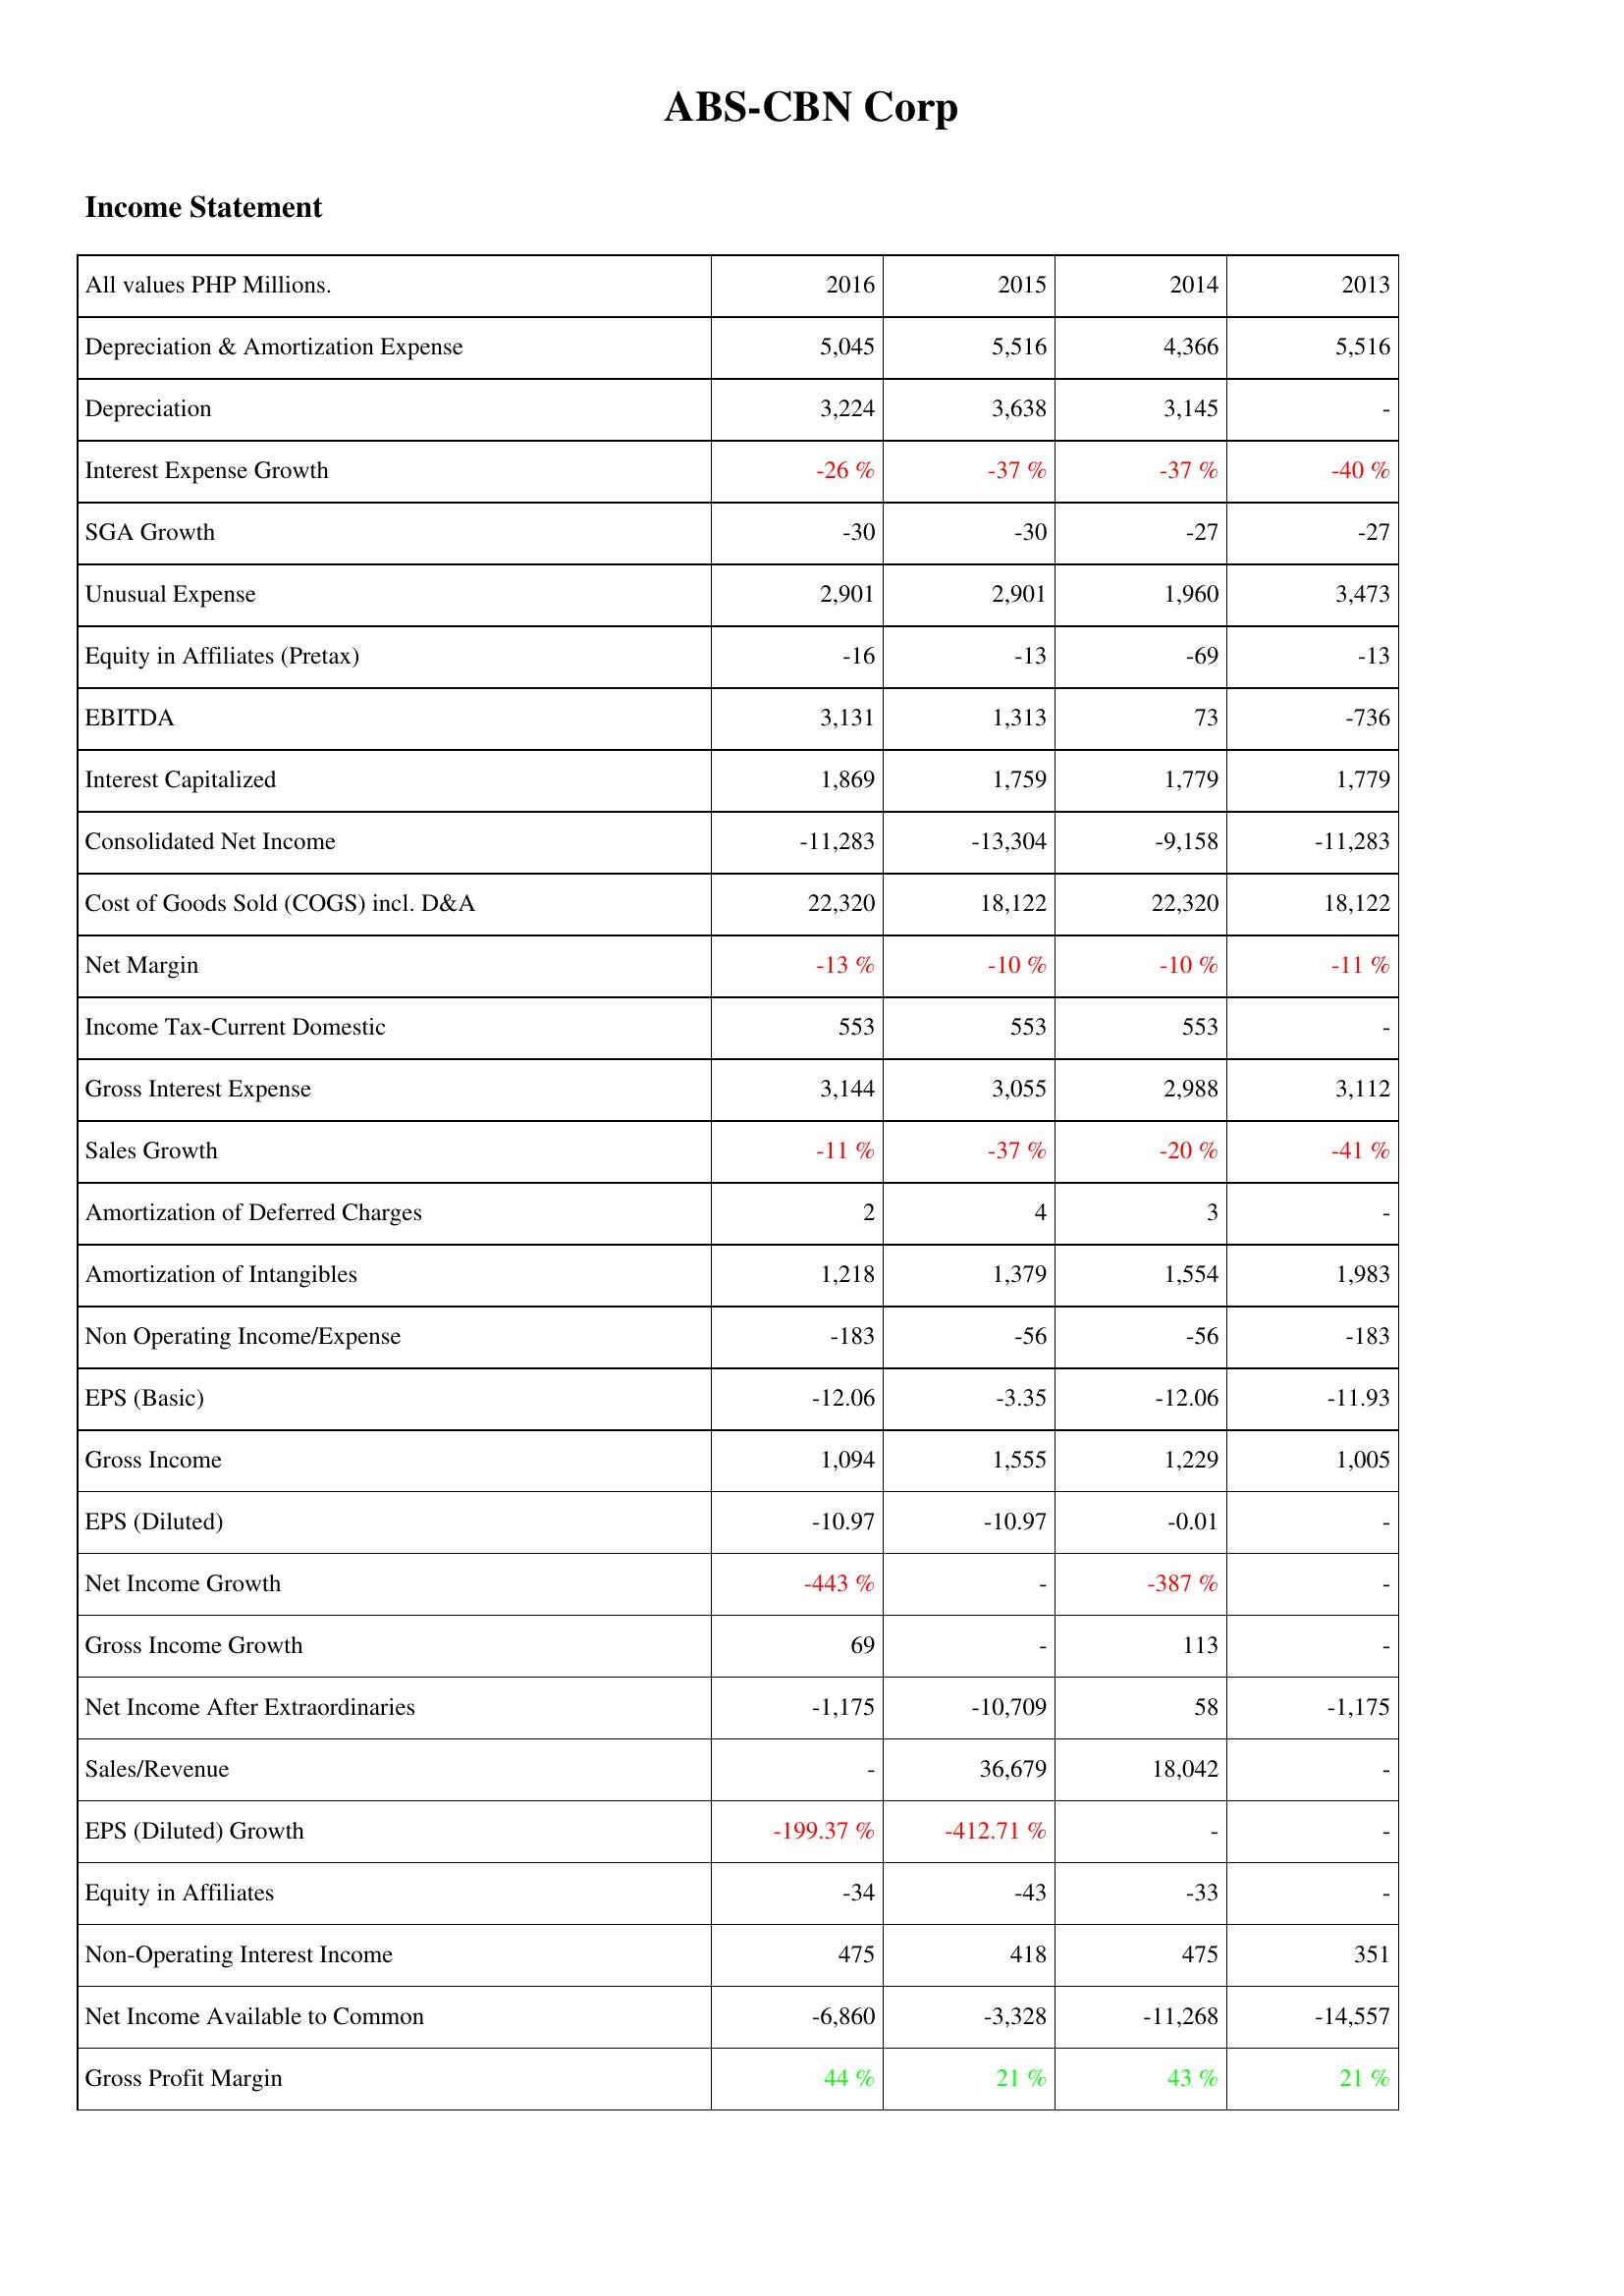
2016: Income Statement: Depreciation & Amortization Expense: 5,045
Depreciation: 3,224
Interest Expense Growth: -26 %
SGA Growth: -30
Unusual Expense: 2,901
Equity in Affiliates (Pretax): -16
EBITDA: 3,131
Interest Capitalized: 1,869
Consolidated Net Income: -11,283
Cost of Goods Sold (COGS) incl. D&A: 22,320
Net Margin: -13 %
Income Tax-Current Domestic: 553
Gross Interest Expense: 3,144
Sales Growth: -11 %
Amortization of Deferred Charges: 2
Amortization of Intangibles: 1,218
Non Operating Income/Expense: -183
EPS (Basic): -12.06
Gross Income: 1,094
EPS (Diluted): -10.97
Net Income Growth: -443 %
Gross Income Growth: 69
Net Income After Extraordinaries: -1,175
Sales/Revenue: -
EPS (Diluted) Growth: -199.37 %
Equity in Affiliates: -34
Non-Operating Interest Income: 475
Net Income Available to Common: -6,860
Gross Profit Margin: 44 %
2015: Income Statement: Depreciation & Amortization Expense: 5,516
Depreciation: 3,638
Interest Expense Growth: -37 %
SGA Growth: -30
Unusual Expense: 2,901
Equity in Affiliates (Pretax): -13
EBITDA: 1,313
Interest Capitalized: 1,759
Consolidated Net Income: -13,304
Cost of Goods Sold (COGS) incl. D&A: 18,122
Net Margin: -10 %
Income Tax-Current Domestic: 553
Gross Interest Expense: 3,055
Sales Growth: -37 %
Amortization of Deferred Charges: 4
Amortization of Intangibles: 1,379
Non Operating Income/Expense: -56
EPS (Basic): -3.35
Gross Income: 1,555
EPS (Diluted): -10.97
Net Income Growth: -
Gross Income Growth: -
Net Income After Extraordinaries: -10,709
Sales/Revenue: 36,679
EPS (Diluted) Growth: -412.71 %
Equity in Affiliates: -43
Non-Operating Interest Income: 418
Net Income Available to Common: -3,328
Gross Profit Margin: 21 %
2014: Income Statement: Depreciation & Amortization Expense: 4,366
Depreciation: 3,145
Interest Expense Growth: -37 %
SGA Growth: -27
Unusual Expense: 1,960
Equity in Affiliates (Pretax): -69
EBITDA: 73
Interest Capitalized: 1,779
Consolidated Net Income: -9,158
Cost of Goods Sold (COGS) incl. D&A: 22,320
Net Margin: -10 %
Income Tax-Current Domestic: 553
Gross Interest Expense: 2,988
Sales Growth: -20 %
Amortization of Deferred Charges: 3
Amortization of Intangibles: 1,554
Non Operating Income/Expense: -56
EPS (Basic): -12.06
Gross Income: 1,229
EPS (Diluted): -0.01
Net Income Growth: -387 %
Gross Income Growth: 113
Net Income After Extraordinaries: 58
Sales/Revenue: 18,042
EPS (Diluted) Growth: -
Equity in Affiliates: -33
Non-Operating Interest Income: 475
Net Income Available to Common: -11,268
Gross Profit Margin: 43 %
2013: Income Statement: Depreciation & Amortization Expense: 5,516
Depreciation: -
Interest Expense Growth: -40 %
SGA Growth: -27
Unusual Expense: 3,473
Equity in Affiliates (Pretax): -13
EBITDA: -736
Interest Capitalized: 1,779
Consolidated Net Income: -11,283
Cost of Goods Sold (COGS) incl. D&A: 18,122
Net Margin: -11 %
Income Tax-Current Domestic: -
Gross Interest Expense: 3,112
Sales Growth: -41 %
Amortization of Deferred Charges: -
Amortization of Intangibles: 1,983
Non Operating Income/Expense: -183
EPS (Basic): -11.93
Gross Income: 1,005
EPS (Diluted): -
Net Income Growth: -
Gross Income Growth: -
Net Income After Extraordinaries: -1,175
Sales/Revenue: -
EPS (Diluted) Growth: -
Equity in Affiliates: -
Non-Operating Interest Income: 351
Net Income Available to Common: -14,557
Gross Profit Margin: 21 %